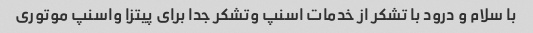
با سلام و درود با تشکر از خدمات اسنپ وتشکر جدا برای پیتزا واسنپ موتوری